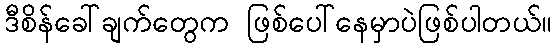
ဒီစိန်ခေါ်ချက်တွေက ဖြစ်ပေါ်နေမှာပဲဖြစ်ပါတယ်။